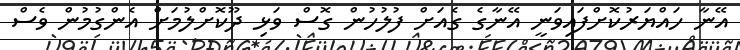
އޭނާ ހައްޔަރުކޮށްފައިވަނީ އޭނާގެ ގެއަށް ފުލުހުން ގޮސް ވަޅި ދޫކޮށްލުމަށް އެންގުމުން ވެސް